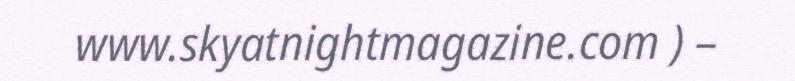
www.skyatnightmagazine.com ) –